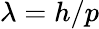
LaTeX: \lambda=h/p